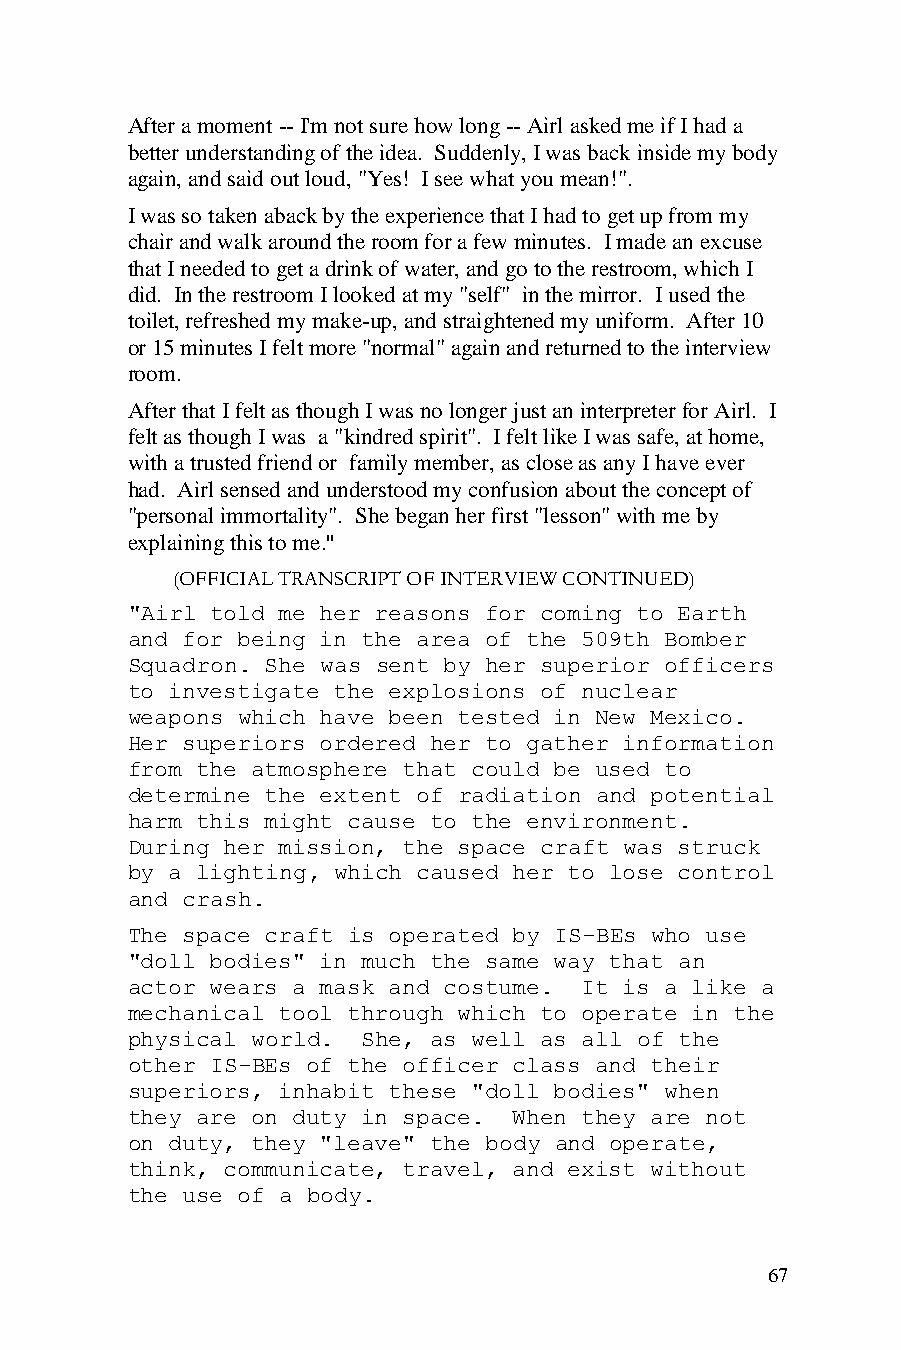
After a moment -- I'm not sure how long -- Airl asked me if I had a
 better understanding of the idea. Suddenly, I was back inside my body
 again, and said out loud, "Yes! I see what you mean!".
 I was so taken aback by the experience that I had to get up from my
 chair and walk around the room for a few minutes. I made an excuse
 that I needed to get a drink of water, and go to the restroom, which I
 did. In the restroom I looked at my "self" in the mirror. I used the
 toilet, refreshed my make-up, and straightened my uniform. After 10
 or 15 minutes I felt more "normal" again and returned to the interview
 room.
 After that I felt as though I was no longer just an interpreter for Airl. I
 felt as though I was a "kindred spirit". I felt like I was safe, at home,
 with a trusted friend or family member, as close as any I have ever
 had. Airl sensed and understood my confusion about the concept of
 "personal immortality". She began her first "lesson" with me by
 explaining this to me."
 (OFFICIAL TRANSCRIPT OF INTERVIEW CONTINUED)
 "Airl told me her reasons for coming to Earth
 and for being in the area of the 509th Bomber
 Squadron. She was sent by her superior officers
 to investigate the explosions of nuclear
 weapons which have been tested in New Mexico.
 Her superiors ordered her to gather information
 from the atmosphere that could be used to
 determine the extent of radiation and potential
 harm this might cause to the environment.
 During her mission, the space craft was struck
 by a lighting, which caused her to lose control
 and crash.
 The space craft is operated by IS-BEs who use
 "doll bodies" in much the same way that an
 actor wears a mask and costume. It is a like a
 mechanical tool through which to operate in the
 physical world. She, as well as all of the
 other IS-BEs of the officer class and their
 superiors, inhabit these "doll bodies" when
 they are on duty in space. When they are not
 on duty, they "leave" the body and operate,
 think, communicate, travel, and exist without
 the use of a body.
 67